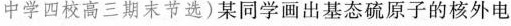
中学四校高三期末节选)某同学画出基态硫原子的核外电